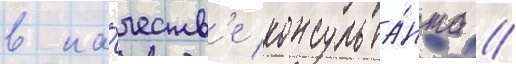
в ка́честв'е консульта́нта //